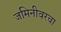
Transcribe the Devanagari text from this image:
जमिनीवरचा